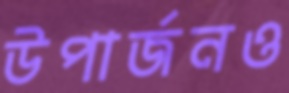
উপার্জনও